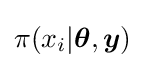
\pi (x_{i}|{\boldsymbol {\theta }},{\boldsymbol {y}})